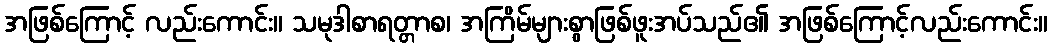
အဖြစ်ကြောင့် လည်းကောင်း။ သမုဒါစာရတ္တာစ၊ အကြိမ်များစွာဖြစ်ဖူးအပ်သည်၏ အဖြစ်ကြောင့်လည်းကောင်း။